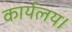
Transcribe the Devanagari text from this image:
कार्यलय।